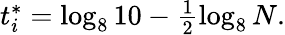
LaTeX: \begin{array}{r}{t_{i}^{*}=\log_{8}{10}-\frac{1}{2}\log_{8}{N}.}\end{array}